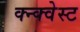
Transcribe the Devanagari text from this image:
क्न्क्वेस्ट